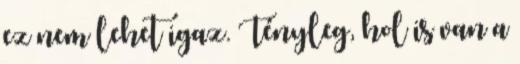
ez nem lehet igaz. Tényleg, hol is van a